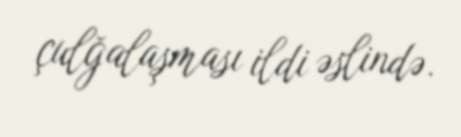
çulğalaşması ildi əslində.